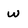
Character: w